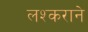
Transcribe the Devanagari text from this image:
लश्कराने